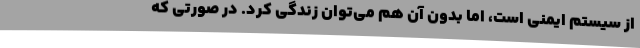
از سیستم ایمنی است، اما بدون آن هم می‌توان زندگی کرد. در صورتی که